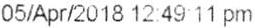
05/APR/2018 12:49 11 PM